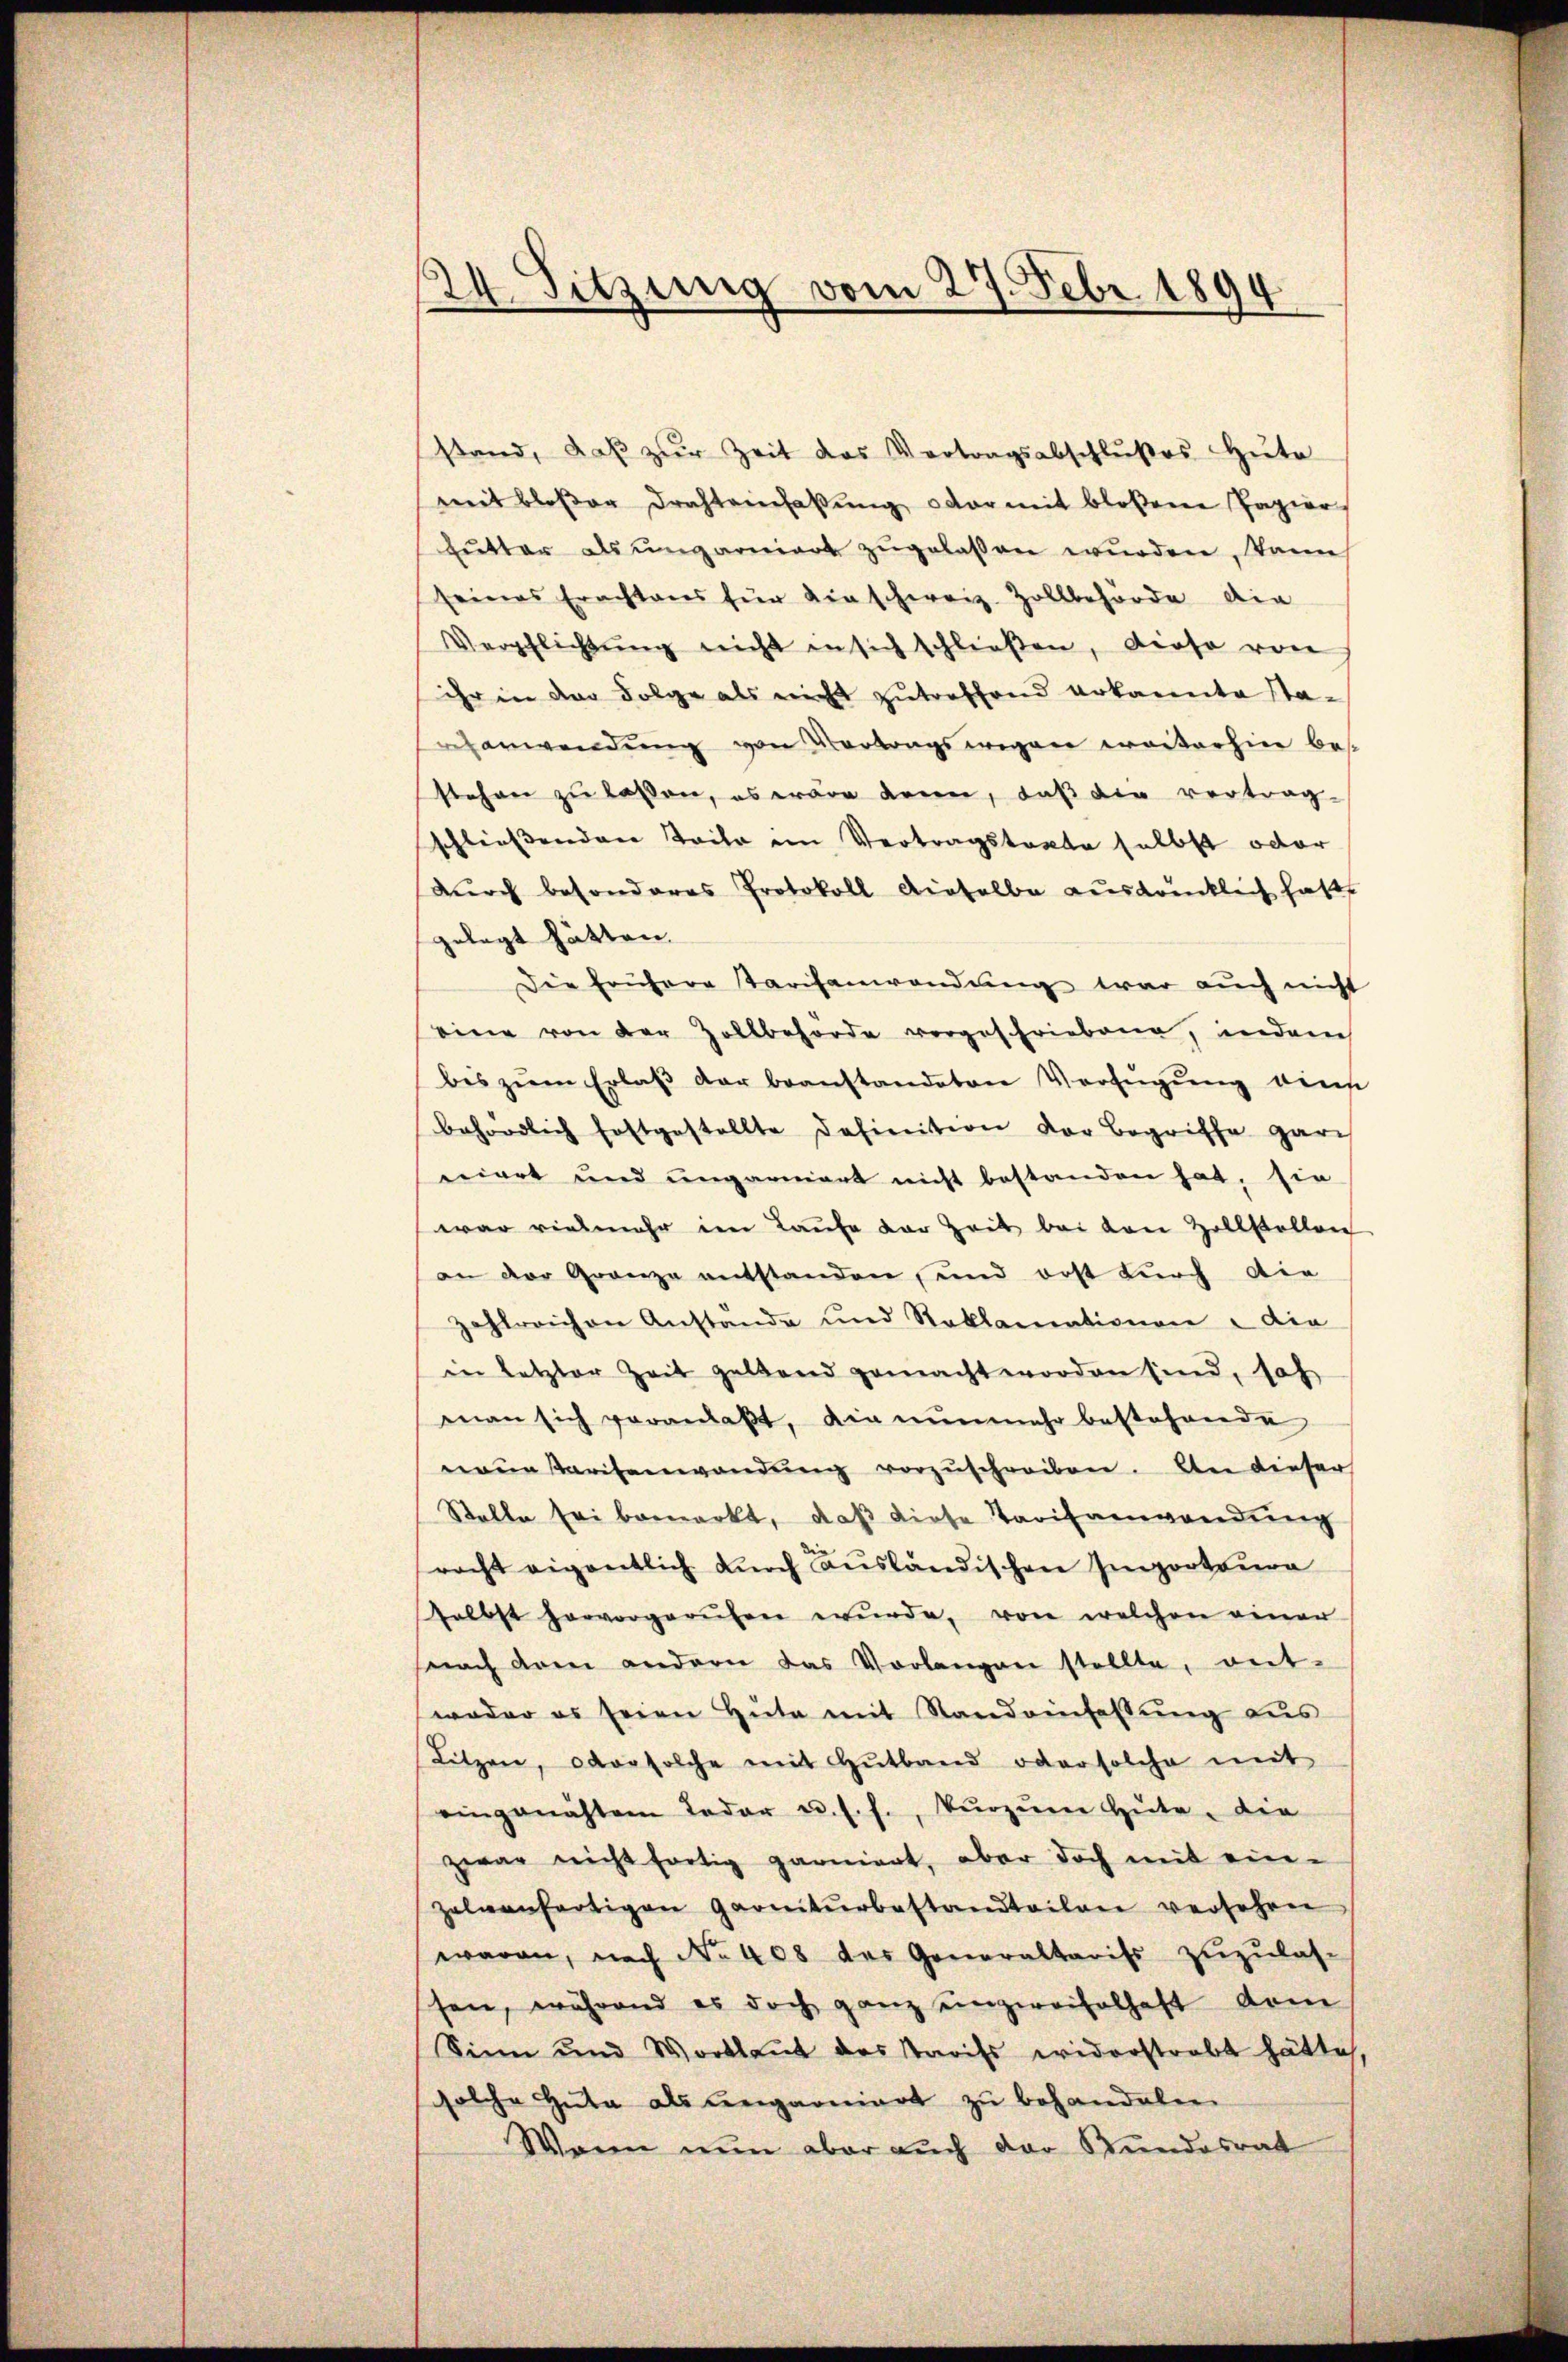
24. Sitzung vom 27. Febr 1894

stand, daβ zŭr Zeit das Vertragsabschlŭβes Hüte
mit bloßen Drahtvierfaßung oder mit bloßene Papier
Eŭtter als ungarniert zugelassen wurden, kann
seines Erachtens für Kirschweiz. Zollbehörde die
Verschlichtŭng nicht in sich schließen, diese von
ihr in der Folge als nicht zutreffend erkannte Sta-
eanwendŭng von Vertragswegen weiterhin bes
stehen zu lassen, es wäre deren, daß die vertragschließenden Teile im Vertragstagte selbst oder
durch besonderes Protokoll dieselbe ausdrücklich hatte
gelegt hätten.
Die frühere Parisanwendŭng war auch nicht
eine von der Zollbehörde vorgeschriebene, indem
bis zŭm Erlaβ der beanstandeten Verfügŭng dens
behördlich festgestellte definition der Begriffe gar
niert und ungarniert nicht bestanden hat, sie
war vielmehr im Laufe der Zeit bei den Zollstellen
an der Granze entstanden, und erst durch die
zahlreichen Anstände und Reklamationen u die
in letzter Zeit geltend gemacht worden sind, sah
man sich veranlaßt, die nunmehr bestehende
naue Paritanwendung vorzuschreiben. An dieser
Stelle sei bemerkt, daß diese Tarifanwendung
racht eigentlich durch ausländischen Importion
selbst hervorgerŭfen wŭrde, von welchen einer
snach dem andern das Vorlangen stellte, ent-
weder es seien Hüte mit Stand einfassŭng aus
Litzen, oder solche mit Hŭtband oder solche mit
eingenähtem Leder u. s. f., kŭrzŭm Hüte, die
zwar nicht fortig garniert, aber doch mit ein-
zelnenfertigen Garniturbastandteilen versehen
waren, nach No 408 des Generaltariss zuzulas-
schen, während es doch ganz einzweifelhaft dem
Sinn und Wortlaut des Tarifs widerstrebt hätte,
solche Huta als ungarniert zu behandele
Wann nun aber auch der Stundesrat